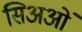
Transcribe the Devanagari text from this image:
सिअओं